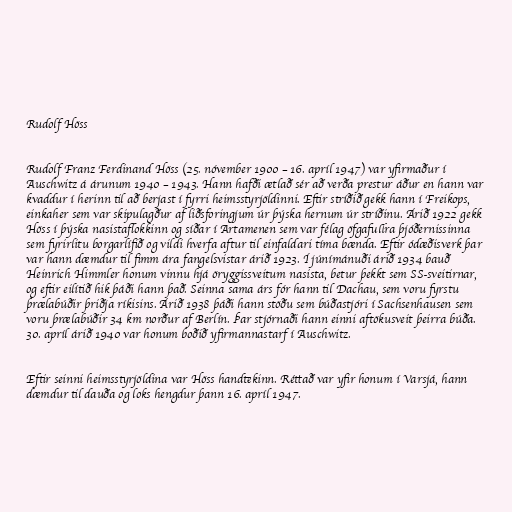
Rudolf Höss

Rudolf Franz Ferdinand Höss (25. nóvember 1900 – 16. apríl 1947) var yfirmaður í
Auschwitz á árunum 1940 – 1943. Hann hafði ætlað sér að verða prestur áður en hann var
kvaddur í herinn til að berjast í fyrri heimsstyrjöldinni. Eftir stríðið gekk hann í Freikops,
einkaher sem var skipulagður af liðsforingjum úr þýska hernum úr stríðinu. Árið 1922 gekk
Höss í þýska nasistaflokkinn og síðar í Artamenen sem var félag öfgafullra þjóðernissinna
sem fyrirlitu borgarlífið og vildi hverfa aftur til einfaldari tíma bænda. Eftir ódæðisverk þar
var hann dæmdur til fimm ára fangelsvistar árið 1923. Í júnímánuði árið 1934 bauð
Heinrich Himmler honum vinnu hjá öryggissveitum nasista, betur þekkt sem SS-sveitirnar,
og eftir eilítið hik þáði hann það. Seinna sama árs fór hann til Dachau, sem voru fyrstu
þrælabúðir þriðja ríkisins. Árið 1938 þáði hann stöðu sem búðastjóri í Sachsenhausen sem
voru þrælabúðir 34 km norður af Berlín. Þar stjórnaði hann einni aftökusveit þeirra búða.
30. apríl árið 1940 var honum boðið yfirmannastarf í Auschwitz.

Eftir seinni heimsstyrjöldina var Höss handtekinn. Réttað var yfir honum í Varsjá, hann
dæmdur til dauða og loks hengdur þann 16. apríl 1947.